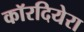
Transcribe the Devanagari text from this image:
कॉरदियेरा